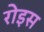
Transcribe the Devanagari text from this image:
रोइस